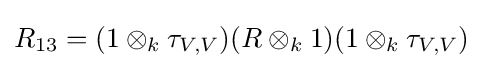
R_{13}=(1\otimes _{k}\tau _{V,V})(R\otimes _{k}1)(1\otimes _{k}\tau _{V,V})